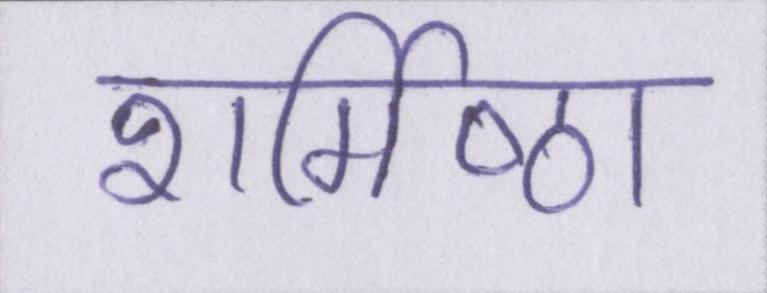
शर्मिष्ठा